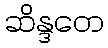
ဆိန္ဒတေ